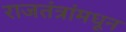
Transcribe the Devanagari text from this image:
राजतंत्रांमधून